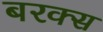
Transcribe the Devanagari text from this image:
बरक्‍स